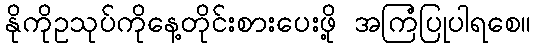
နိုကိုဥသုပ်ကိုနေ့တိုင်းစားပေးဖို့ အကြံပြုပါရစေ။